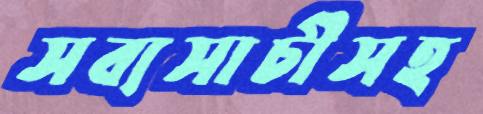
সব্যসাচীসহ